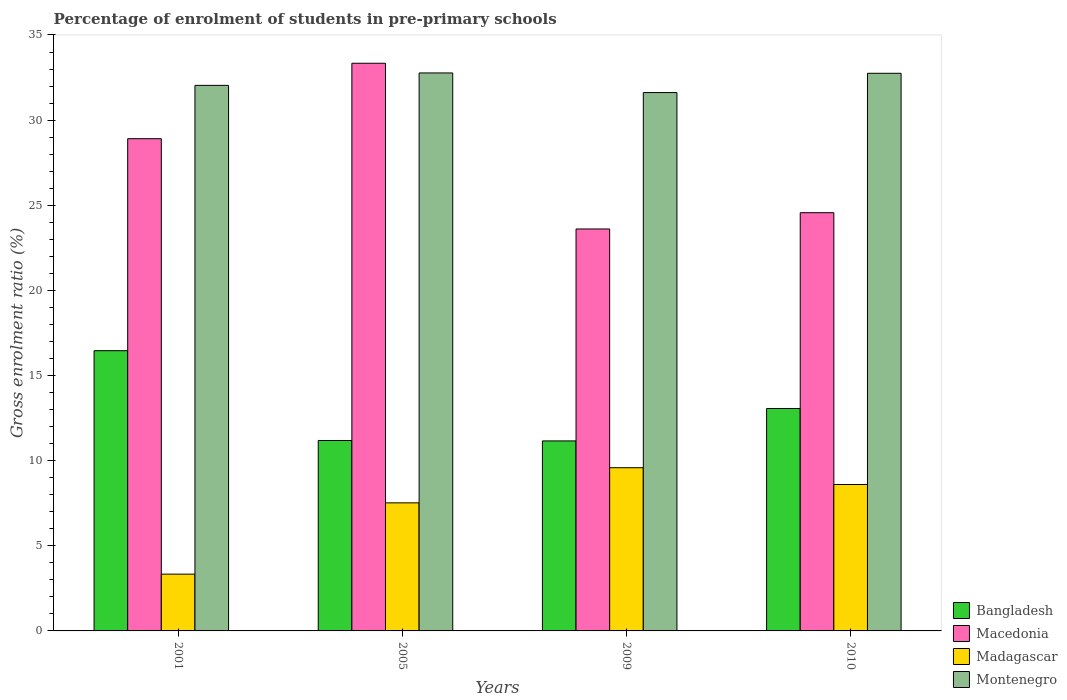
| Years | Bangladesh | Macedonia | Madagascar | Montenegro |
 | --- | --- | --- | --- | --- |
 | 2001 | 16.5 | 28.9 | 3.34 | 32 |
 | 2005 | 11.2 | 33.3 | 7.52 | 32.8 |
 | 2009 | 11.2 | 23.6 | 9.59 | 31.6 |
 | 2010 | 13.1 | 24.6 | 8.6 | 32.8 |